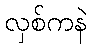
လှစ်ကနဲ